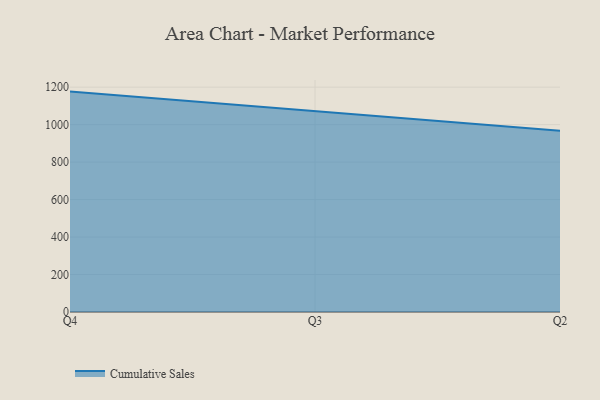
{"axis": {"x": "Quarter", "y": "Budget (USD K)"}, "legend": ["Cumulative Sales"], "data": [{"x": "Q4", "y": 1176.3, "type": "Cumulative Sales"}, {"x": "Q3", "y": 1073.3, "type": "Cumulative Sales"}, {"x": "Q2", "y": 967.1, "type": "Cumulative Sales"}]}